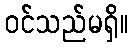
ဝင်သည်မရှိ။